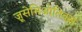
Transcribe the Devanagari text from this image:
ज़ूसेमिओतिक्स